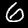
Digit: 6